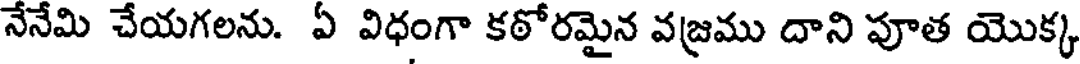
నేనేమి చేయగలను. ఏ విధంగా కఠోరమైన వజ్రము దాని పూత యొక్క